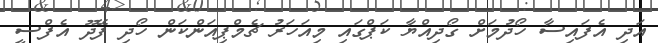
އަދި އެފައިސާ ހޯދުމަށް ގޯދިއްޔާ ކަޕްގައި މިއަހަރު ޗެމްޕިއަންކަން ހޯދި ފޭދޫ އެފްސީ